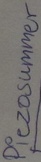
Text: Piezosummer